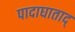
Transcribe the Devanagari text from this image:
पादाघाताद्